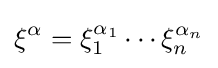
\xi ^{\alpha }=\xi _{1}^{\alpha _{1}}\cdots \xi _{n}^{\alpha _{n}}